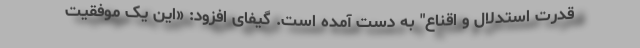
قدرت استدلال و اقناع" به دست آمده است. گیفای افزود: «این یک موفقیت